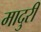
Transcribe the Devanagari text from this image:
मादुरी